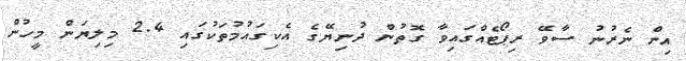
އިން ނެރުނު ސާވޭ ރިޕޯޓެއްގައިވާ ގޮތުން ދުނިޔޭގެ އެކިގައުމުތަކުގައި 2.4 މިލިޔަން މީހުން